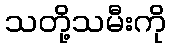
သတို့သမီးကို